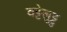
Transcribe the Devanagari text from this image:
वट्टेलुट्टु